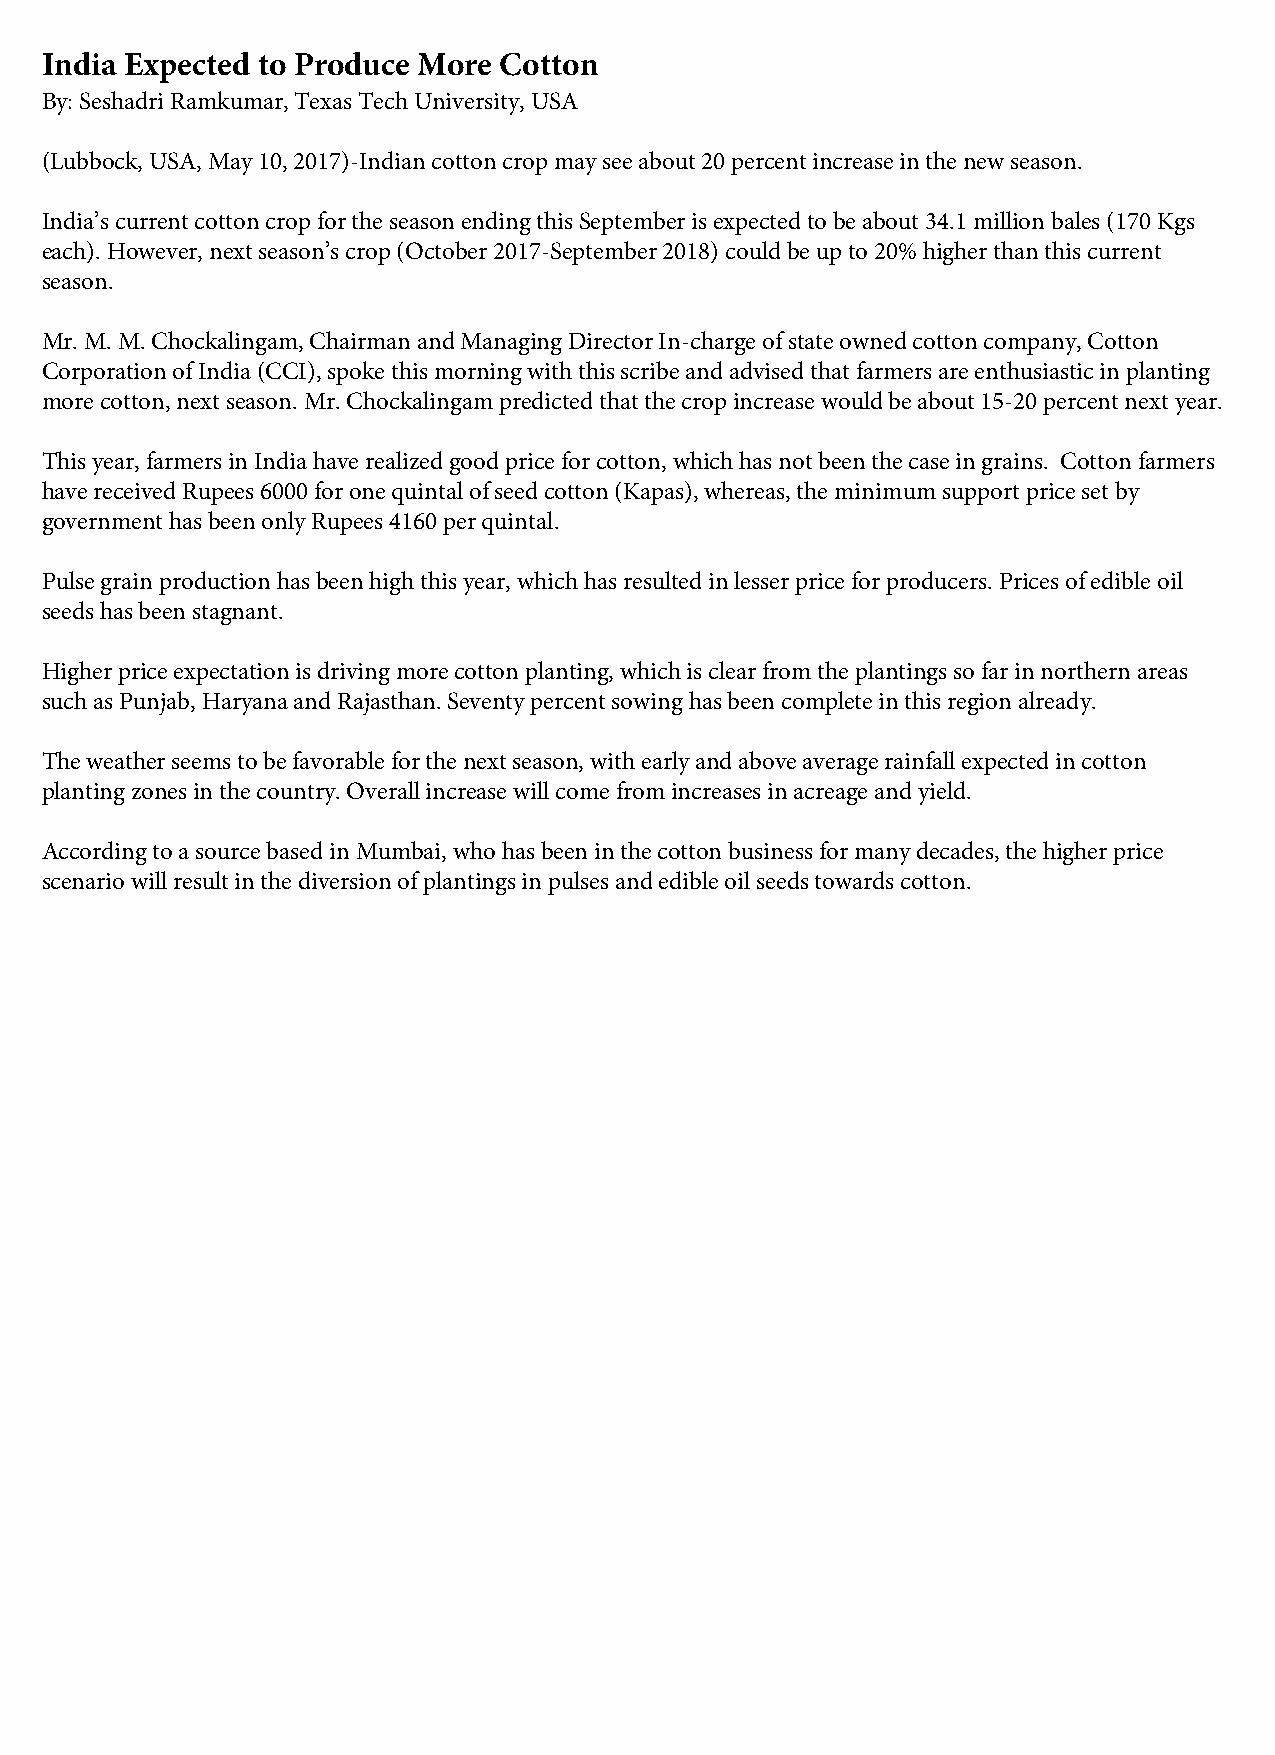
India Expected to Produce More Cotton
 By: Seshadri Ramkumar, Texas Tech University, USA
 (Lubbock, USA, May 10, 2017)-Indian cotton crop may see about 20 percent increase in the new season.
 India’s current cotton crop for the season ending this September is expected to be about 34.1 million bales (170 Kgs
 each). However, next season’s crop (October 2017-September 2018) could be up to 20% higher than this current
 season.
 Mr. M. M. Chockalingam, Chairman and Managing Director In-charge of state owned cotton company, Cotton
 Corporation of India (CCI), spoke this morning with this scribe and advised that farmers are enthusiastic in planting
 more cotton, next season. Mr. Chockalingam predicted that the crop increase would be about 15-20 percent next year.
 This year, farmers in India have realized good price for cotton, which has not been the case in grains. Cotton farmers
 have received Rupees 6000 for one quintal of seed cotton (Kapas), whereas, the minimum support price set by
 government has been only Rupees 4160 per quintal.
 Pulse grain production has been high this year, which has resulted in lesser price for producers. Prices of edible oil
 seeds has been stagnant.
 Higher price expectation is driving more cotton planting, which is clear from the plantings so far in northern areas
 such as Punjab, Haryana and Rajasthan. Seventy percent sowing has been complete in this region already.
 The weather seems to be favorable for the next season, with early and above average rainfall expected in cotton
 planting zones in the country. Overall increase will come from increases in acreage and yield.
 According to a source based in Mumbai, who has been in the cotton business for many decades, the higher price
 scenario will result in the diversion of plantings in pulses and edible oil seeds towards cotton.